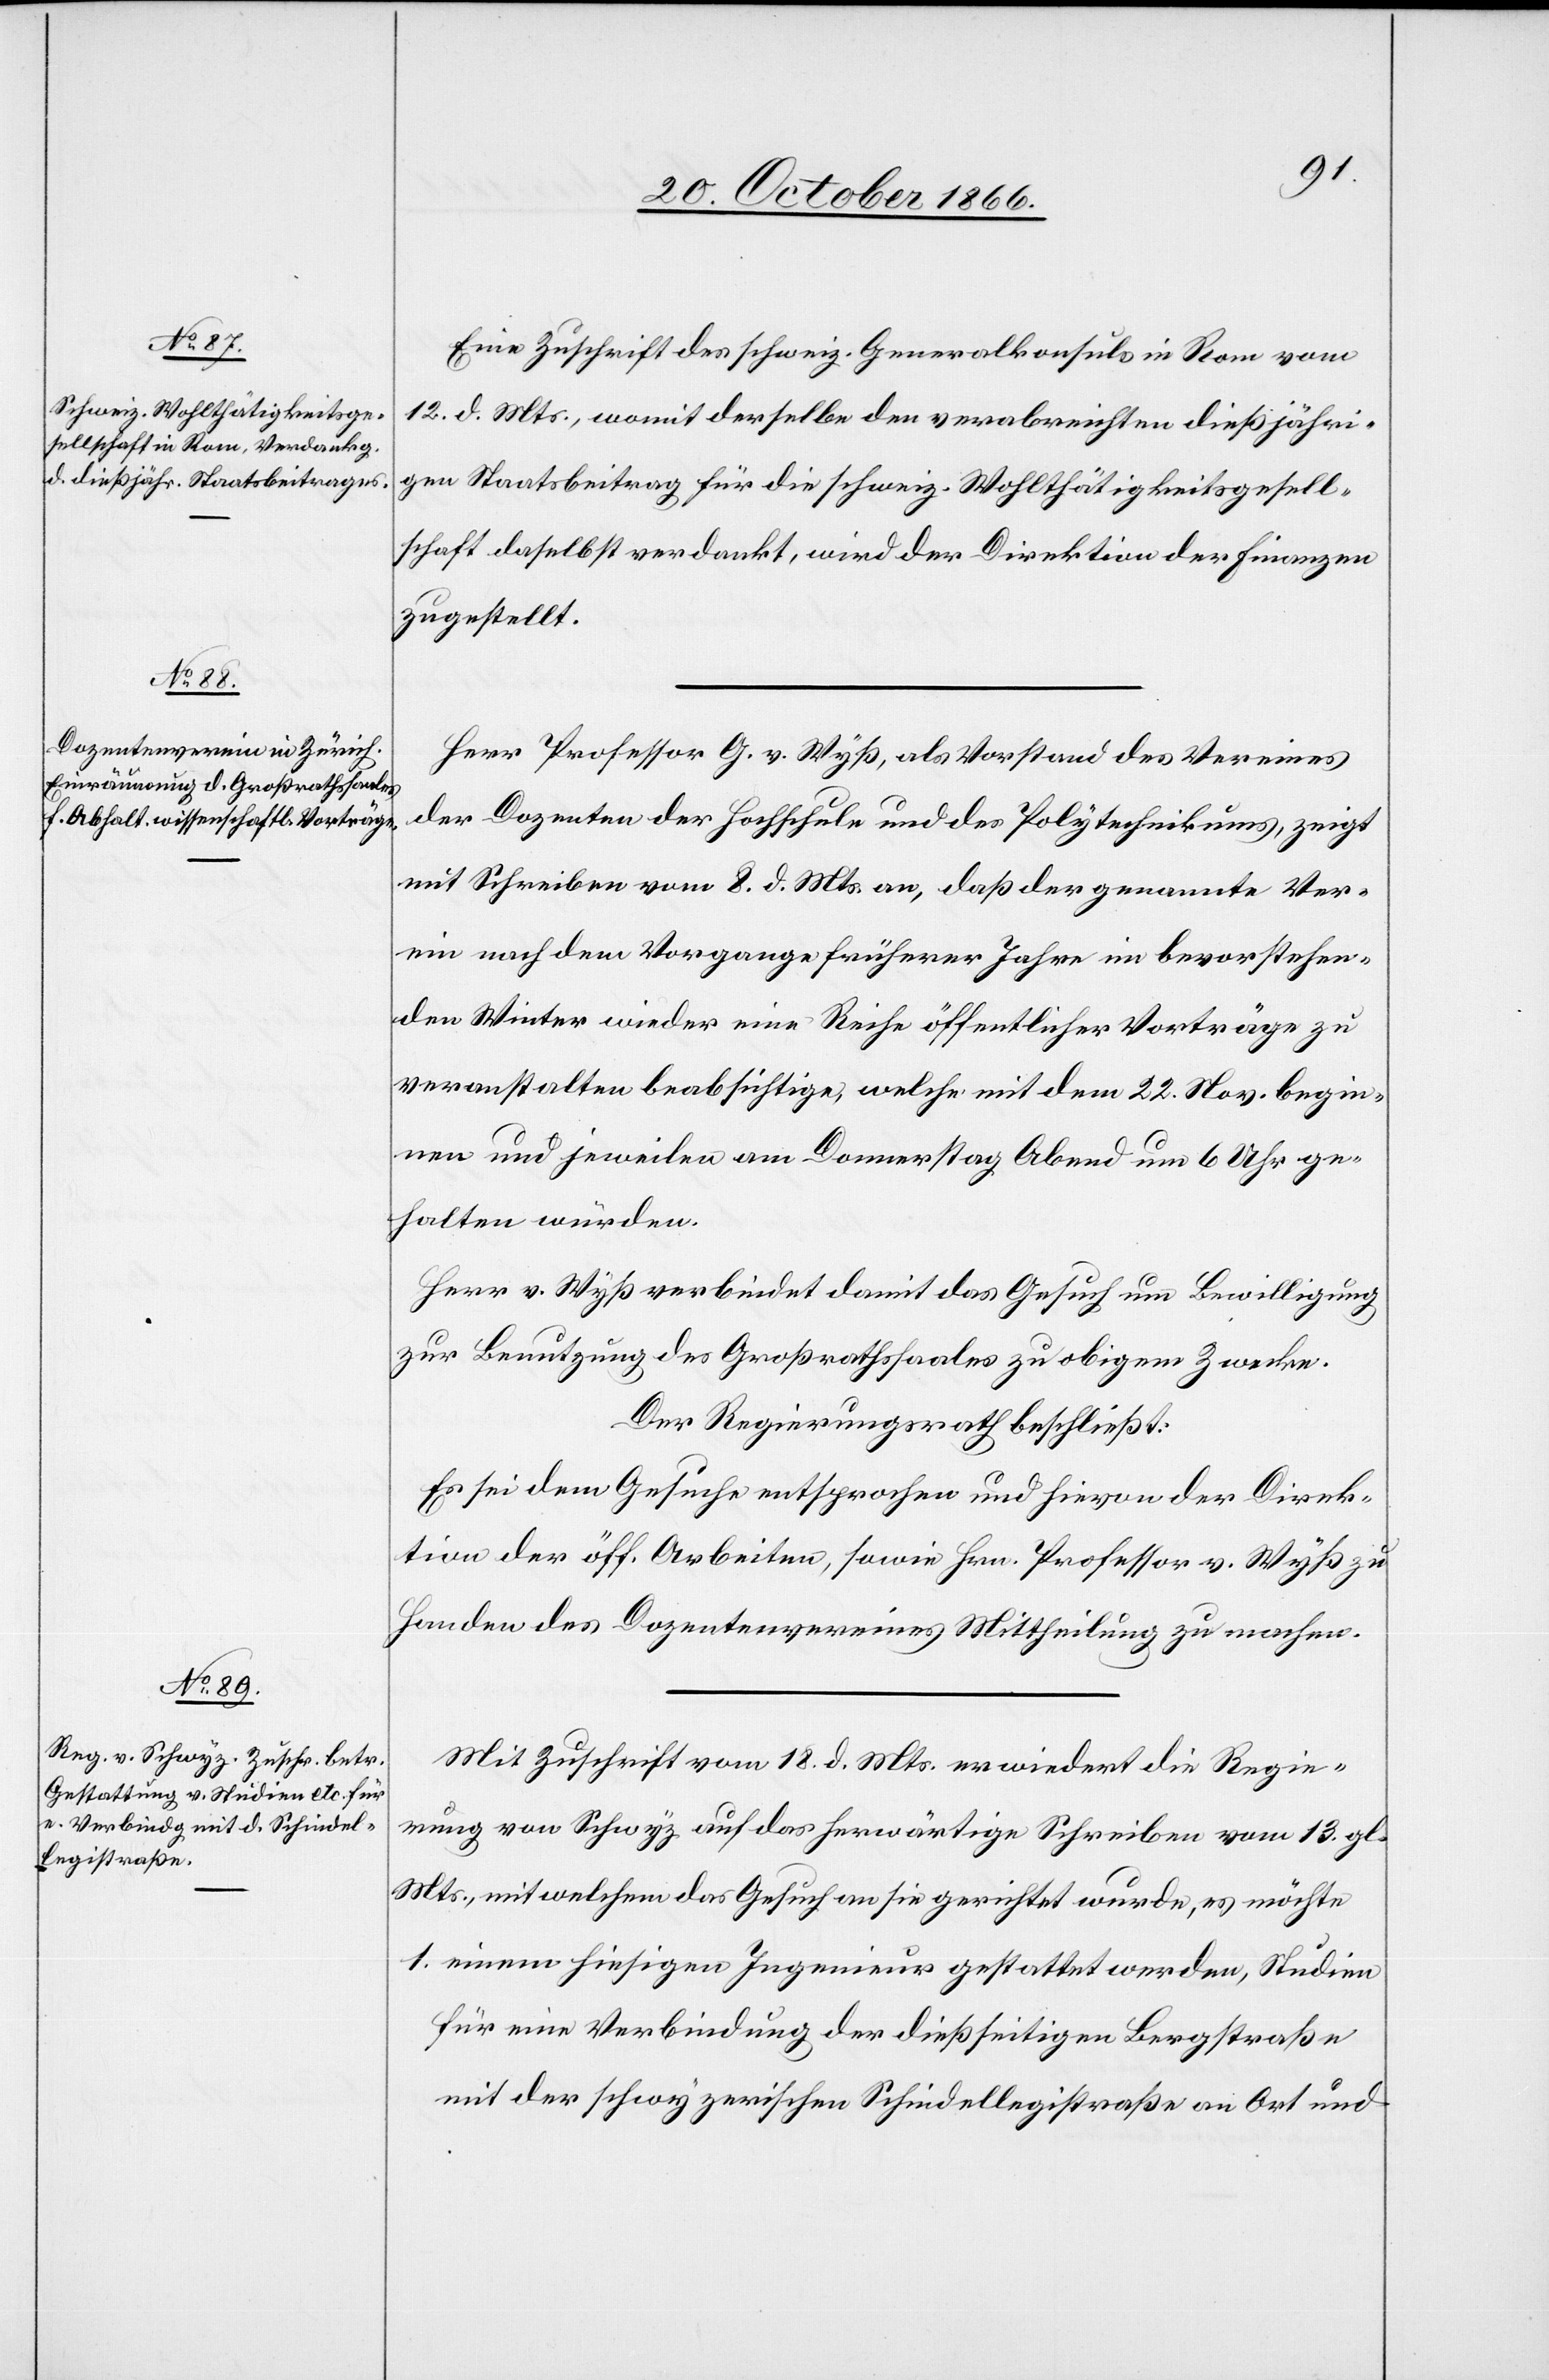
Eine Zuschrift des schweiz. Generalkonsuls in Rom vom
12. d. Mts., womit derselbe den verabreichten dießjähri¬
gen Staatsbeitrag für die schweiz. Wohlthätigkeitsgesell¬
schaft daselbst verdankt, wird der Direktion der Finanzen
zugestellt.
Herr Professor G. v. Wyß, als Vorstand des Vereines
der Dozenten der Hochschule und des Polytechnikums, zeigt
mit Schreiben vom 8. d. Mts an, daß der genannte Ver¬
ein nach dem Vorgange früherer Jahre im bevorstehen¬
den Winter wieder eine Reihe öffentlicher Vorträge zu
veranstalten beabsichtige, welche mit dem 22. Nov. begin¬
nen und jeweilen am Donnerstag Abend um 6 Uhr ge¬
halten würden.
Herr v. Wyß verbindet damit das Gesuch um Bewilligung
zur Benutzung des Großrathssaales zu obigem Zwecke.
Der Regierungsrath beschließt:
Es sei dem Gesuche entsprochen und hievon der Direk¬
tion der öff. Arbeiten, sowie Hrn. Professor v. Wyß zu
Handen des Dozentenvereines Mittheilung zu machen.
Mit Zuschrift vom 18. d. Mts erwiedert die Regie¬
rung von Schwyz auf das herwärtige Schreiben vom 13. gl.
Mts., mit welchem das Gesuch an sie gerichtet wurde, es möchte
1. einem hiesigen Ingenieur gestattet werden, Studien
für eine Verbindung der dießseitigen Bergstraße
mit der schwyzerischen Schindellegistraße an Ort und